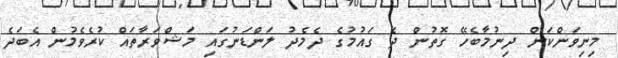
މިނިވަންކަން ދިނުމާބެހޭ ގޮތުން ދެ ގައުމުގެ ދެމެދު ލަންޑަނުގައި މަޝްވަރާތައް ކުރެވެމުން އެބަދެ